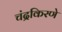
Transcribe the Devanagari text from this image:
चंद्रकिरणे